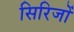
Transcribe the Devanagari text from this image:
सिरिजों